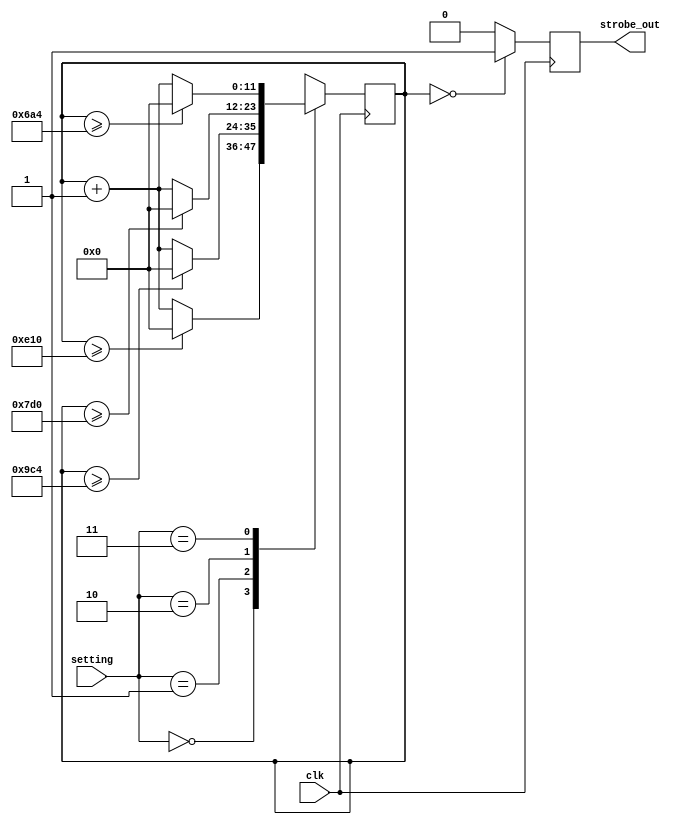
`timescale 1ns / 1ps
//////////////////////////////////////////////////////////////////////////////////
// Company: 
// Engineer: 
// 
// Design Name: 
// Module Name:    galvo_update_rate 
// Project Name: 
// Target Devices: 
// Tool versions: 
// Description: 
//
// Dependencies: 
//
// Revision: 
// Revision 0.01 - File Created
// Additional Comments: 
//
//////////////////////////////////////////////////////////////////////////////////
module galvo_update_rate #(parameter SLOW = 3600, MED1= 2500, MED2 = 2000, FAST = 1700)
	(
    input clk, //designed for 27MHz*2 clock
    input [1:0] setting,
    output reg strobe_out = 0
    );
	 
	reg [11:0] counter = 0;
	
	always@(posedge clk)
	begin
	
	strobe_out <= counter == 0 ? 1 : 0;
	case(setting)
	
	0: begin//slow speed
		counter <= counter >= SLOW ? 0 : counter +1;
	end
	
	1: begin //MED1 speed
		counter <= counter >= MED1 ? 0 : counter +1;
	end
	
	2: begin //MED2 speed
		counter <= counter >= MED2 ? 0 : counter +1;
	end
	
	3: begin //FAST speed
		counter <= counter >= FAST ? 0 : counter +1;
	end
	endcase
	
	end
endmodule